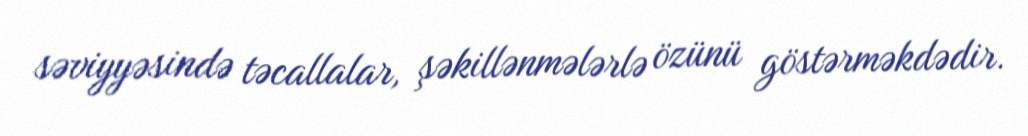
səviyyəsində təcallalar, şəkillənmələrlə özünü göstərməkdədir.